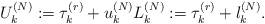
LaTeX: \begin{align*}U_k^{(N)}:= \tau^{(r)}_k+ u_k^{(N)} L_k^{(N)}:= \tau^{(r)}_k+ l_k^{(N)} .\end{align*}